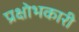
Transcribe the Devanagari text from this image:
प्रक्षोभकारी